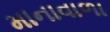
માનાવાળા